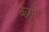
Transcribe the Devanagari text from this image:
बज़ुर्गों